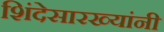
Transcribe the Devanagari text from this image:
शिंदेसारख्यांनी